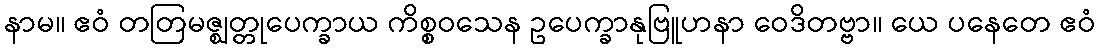
နာမ။ ဧဝံ တတြမဇ္ဈတ္တုပေက္ခာယ ကိစ္စဝသေန ဥပေက္ခာနုဗြူဟနာ ဝေဒိတဗ္ဗာ။ ယေ ပနေတေ ဧဝံ